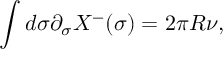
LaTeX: \int d \sigma \partial _ { \sigma } X ^ { - } ( \sigma ) = 2 \pi R \nu ,